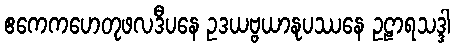
ဧကေကဟေတုဖလဒီပနေ ဥဒယဗ္ဗယာနုပဿနေ ဥဠာရသဒ္ဒါ